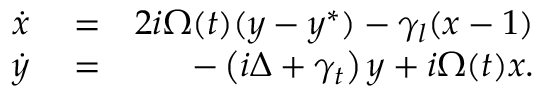
\begin{array} { r l r } { \dot { x } } & { { } = } & { 2 i \Omega ( t ) ( y - y ^ { * } ) - \gamma _ { l } ( x - 1 ) } \\ { \dot { y } } & { { } = } & { - \left( i \Delta + \gamma _ { t } \right) y + i \Omega ( t ) x . } \end{array}